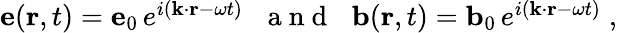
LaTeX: \begin{array}{r}{{\mathbf e}({\mathbf r},t)={\mathbf e}_{0}\, e^{i({\mathbf k}\cdot{\mathbf r}-\omega t)}\; \, \, \mathrm{~a~n~d~}\; \, \, {\mathbf b}({\mathbf r},t)={\mathbf b}_{0}\, e^{i({\mathbf k}\cdot{\mathbf r}-\omega t)}\; ,}\end{array}